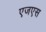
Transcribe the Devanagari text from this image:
एजएस